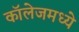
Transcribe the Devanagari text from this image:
कॉलेजमध्‍ये